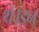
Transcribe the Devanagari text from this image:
थे।इन